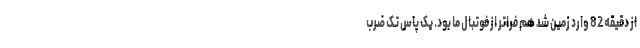
از دقیقه 82 وارد زمین شد هم فراتر از فوتبال ما بود. یک پاس تک ضرب